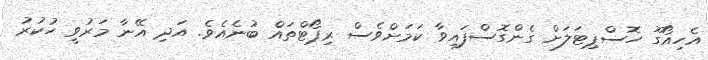
އެހިއޯގޫ ހޮސްޕިޓަލަށް ގެންގޮސްފައިވާ ކަމަށްވެސް ރިޕޯޓްތައް ބުނެއެވެ. އަދި އޭނާ މަރުވީ ހުކުރު